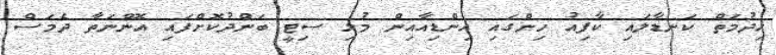
ޚިދުމަތް ކަނޑާލައި ކާފިއު ހިންގައި އިންޑިއާއިން މުޅި ސިޓީ ބަންދުކޮށްފައި އޮންނަތާ ދެމަސް